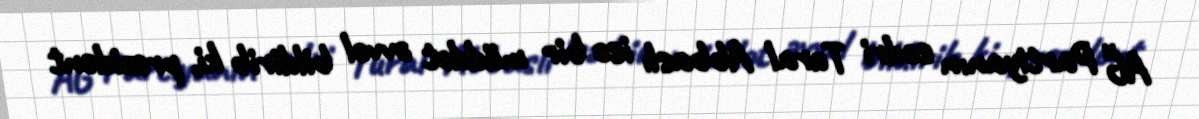
AĞ Partiyanın sədri Tural Abbaslı isə bir müddət əvvəl bildirib ki, prezident